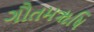
ગૌતમૠષિ